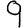
Digit: 9